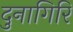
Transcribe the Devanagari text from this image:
दुनागिरि